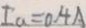
I _ { a } = 0 . 4 A